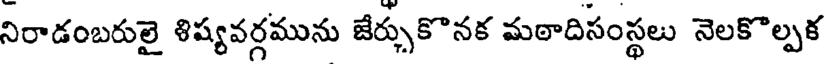
నిరాడంబరులై శిష్యవర్గమును జేర్చుకొనక మఠాదిసంస్థలు నెలకొల్పక